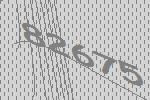
82675